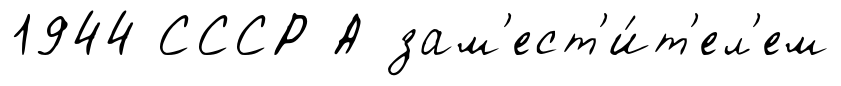
1944 СССР А зам'ест'и́т'ел'ем